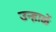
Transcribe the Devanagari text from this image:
उन्हाळें